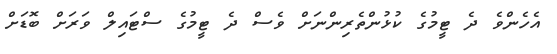
އެހެންވެ ދެ ޓީމުގެ ކުޅުންތެރިންނަށް ވެސް ދެ ޓީމުގެ ސްޓައިލް ވަރަށް ބޮޑަށް